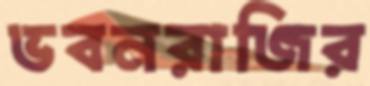
ভবনরাজির